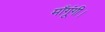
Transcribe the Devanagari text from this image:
माँगूंगी।